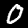
Digit: 0